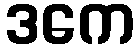
ဒကေ